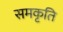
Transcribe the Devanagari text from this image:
समकृति